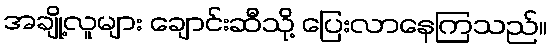
အချို့လူများ ချောင်းဆီသို့ ပြေးလာနေကြသည်။